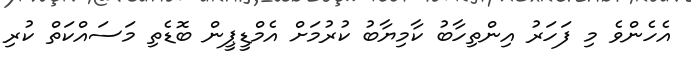
އެހެންވެ މި ފަހަރު އިންތިހާބު ކާމިޔާބު ކުރުމަށް އެމްޑީޕީން ބޮޑެތި މަސައްކަތް ކުރި